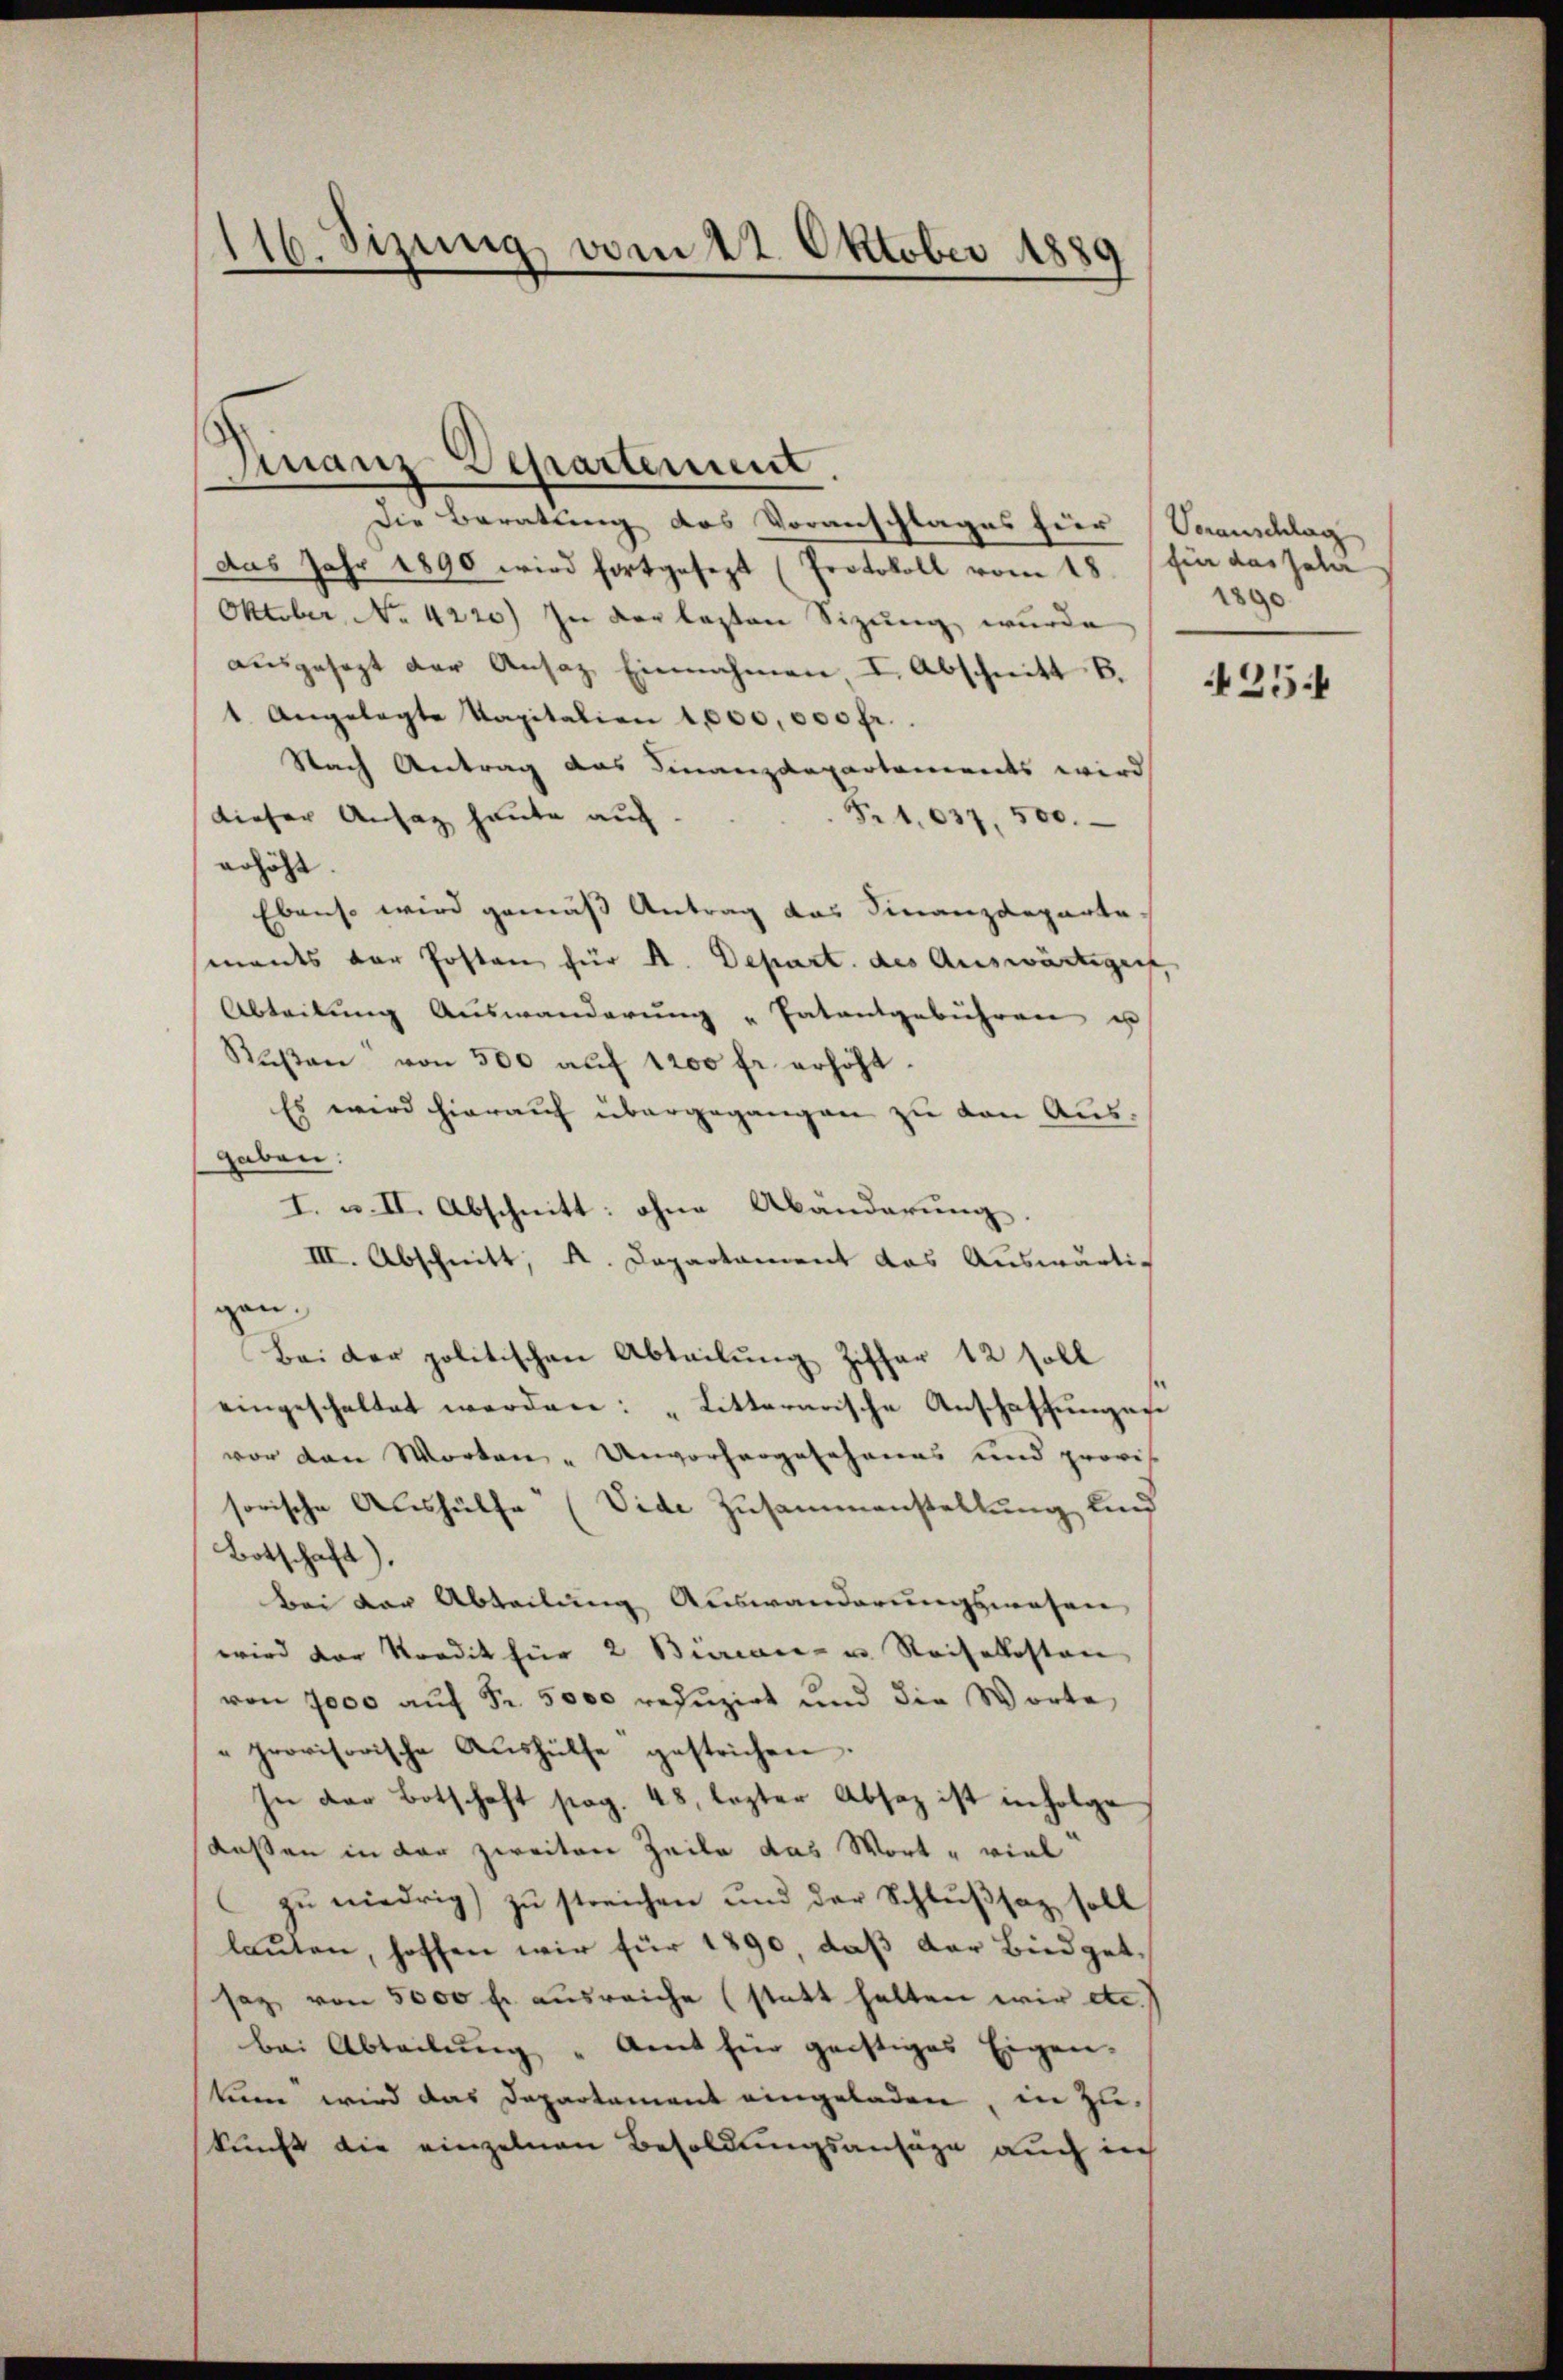
116. Sizung vom 22. Oktober 1889

Gnanz-Departement.

Die Beratung des Voranschlages hier Veranschlag
das Jahr 1890 wird fortgesezt (Protokoll vom 18. für das Jahr
Oktober, No 4220) In der lezten Sizung wurde
ausgesezt der Ansaz Einnahmen I. Abschnitt b.
1. Angelegte Kapitalien 1,000,000 fr.
Nach Antrag das Finanzdepartements wird
dieser Ansag heute auf
Fr. 1037, 500.
erhöht.
Ebenso wird gemäss Antrag das Finanzdeparte.
mants der Posten für A. Depart. des Auswärtigens,
Abteilung Auswanderung "Patentgebühren u
Rŭβen von 500 aŭf 1200 fr. erhöht.
Es wird hierauf übergegangen zu den Aus-
gaben:
I. u. II. Abschnitt: ohne Abänderung
III. Abschnitt, K. Departament das Auswärtig
gen.
Bei der politischen Abteilung Ziffer 12 soll
eingeschaltet werden: „Litterarische Anschaffungen
vor den Worten - Unvorhergesehenes und provis
sorische Aushülfe (Vide Zusammenstellung sind
Botschaft).
Bei der Abteilung Auswanderungswesen
wird der Kredit für 2 Bierence in Reisekosten
von 7000 auf Fr. 5000 reduzirt und die Worte
"provisorische Aŭshülfe gestrichen.
In der Botschaft pag. 48, lezter Absaz ist infolge
dassen in der zweiten Zeile das Wort viel
zu niedrig zu streichen und der Schlußsatz soll
lauten, hoffen wir für 1890, daß der Büdgetsaz von 5000 f. ausreiche (statt halten wir etc.)
bei Abteilung "Amt für geistiges Eigen.
kum wird das Departement eingeladen, in Zukunft die einzelnen Besoldungsansäge auch in

1890

425